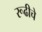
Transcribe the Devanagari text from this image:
रूढीचे